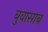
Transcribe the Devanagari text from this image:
बुवासाब